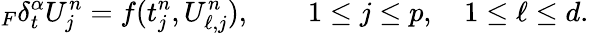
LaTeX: {}_{F}\delta_{t}^{\alpha}U_{j}^{n}=f(t_{j}^{n},U_{\ell,j}^{n}),\qquad 1\le j\le p,\quad 1\le\ell\le d.